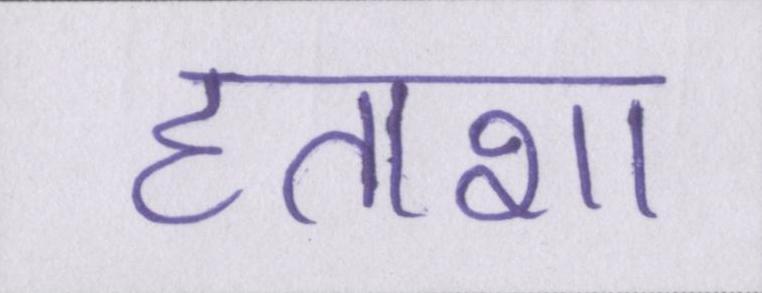
हताशा